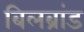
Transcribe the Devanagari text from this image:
बिलब्रांड